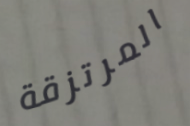
المرتزقة